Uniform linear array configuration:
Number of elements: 48
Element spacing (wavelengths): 0.75
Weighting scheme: cosine
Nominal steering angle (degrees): -45
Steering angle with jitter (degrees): -45.031
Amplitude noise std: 0.05
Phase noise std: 0.05

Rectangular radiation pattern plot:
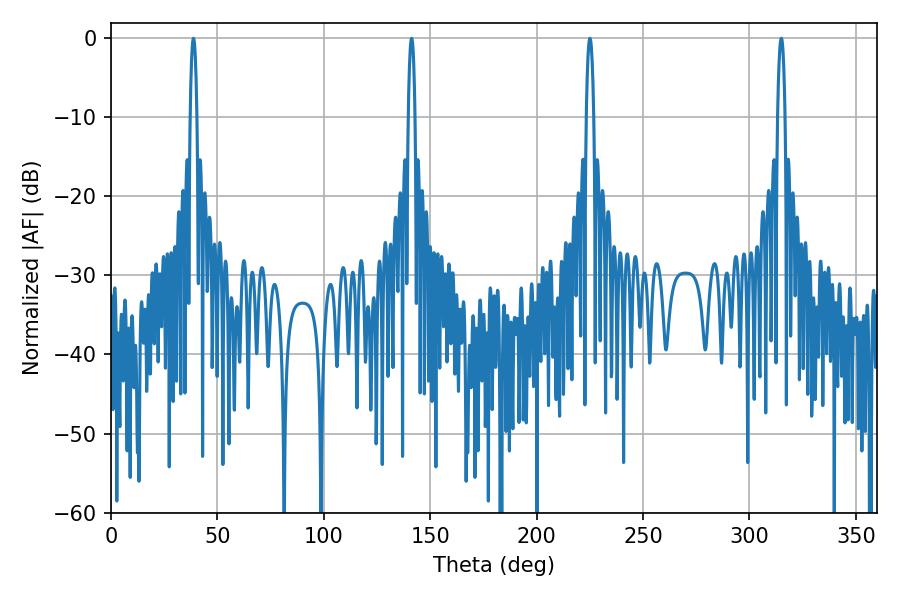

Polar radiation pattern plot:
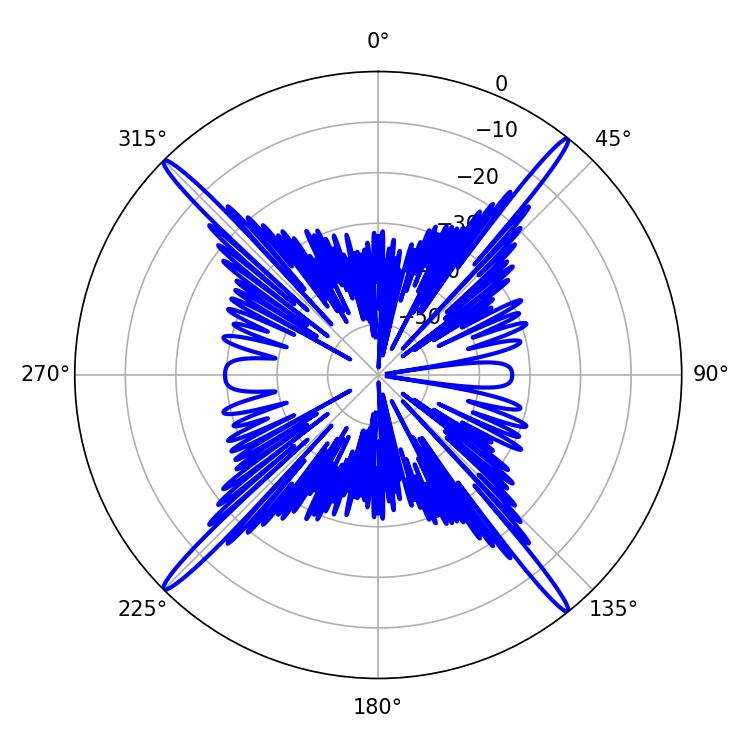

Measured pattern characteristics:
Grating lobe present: TRUE
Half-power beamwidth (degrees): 1.98
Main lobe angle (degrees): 225